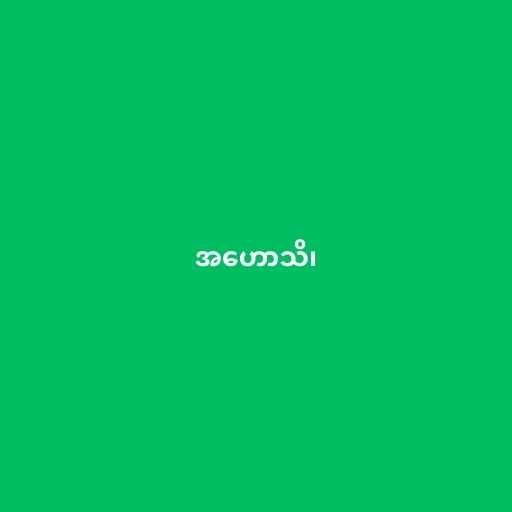
အဟောသိ၊